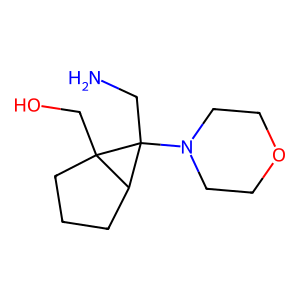
SMILES: NCC1(N2CCOCC2)C2CCCC21CO
Inhibits HIV replication: No